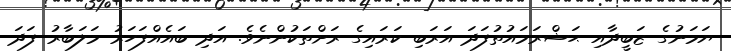
ޔަމަނުގެ ޒަބީދާއި ޙަޟްރަމައުތުފަދަ އަރަބި ކަރައިގެ ރަށްތަކުންނެވެ. އަދި ބައެއްފަހަރު މަލަބާރު ފަދަ